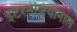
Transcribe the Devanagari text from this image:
इटरनेजियोनाल